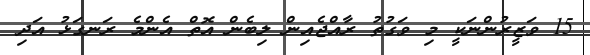
15 ވަޒީރުންނަކީ މި ވަގުތު ރާއްޖެއިން ލިބެން އޮތް އެންމެ ރަނގަޅު އަދި